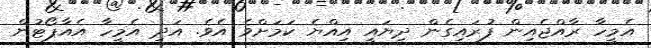
އެމީހާ ރާއްޖެއިން ފުރައިގެން ދިޔައީ އިއްޔެ ކަމަށްވެ އެވެ. އަދި އެމީހާ އެއާޕޯޓުން